DOW-UAP-D48, Department of the Air Force Report, 1996
Agency: Department of War
Incident date: 9/10/96
Page 31
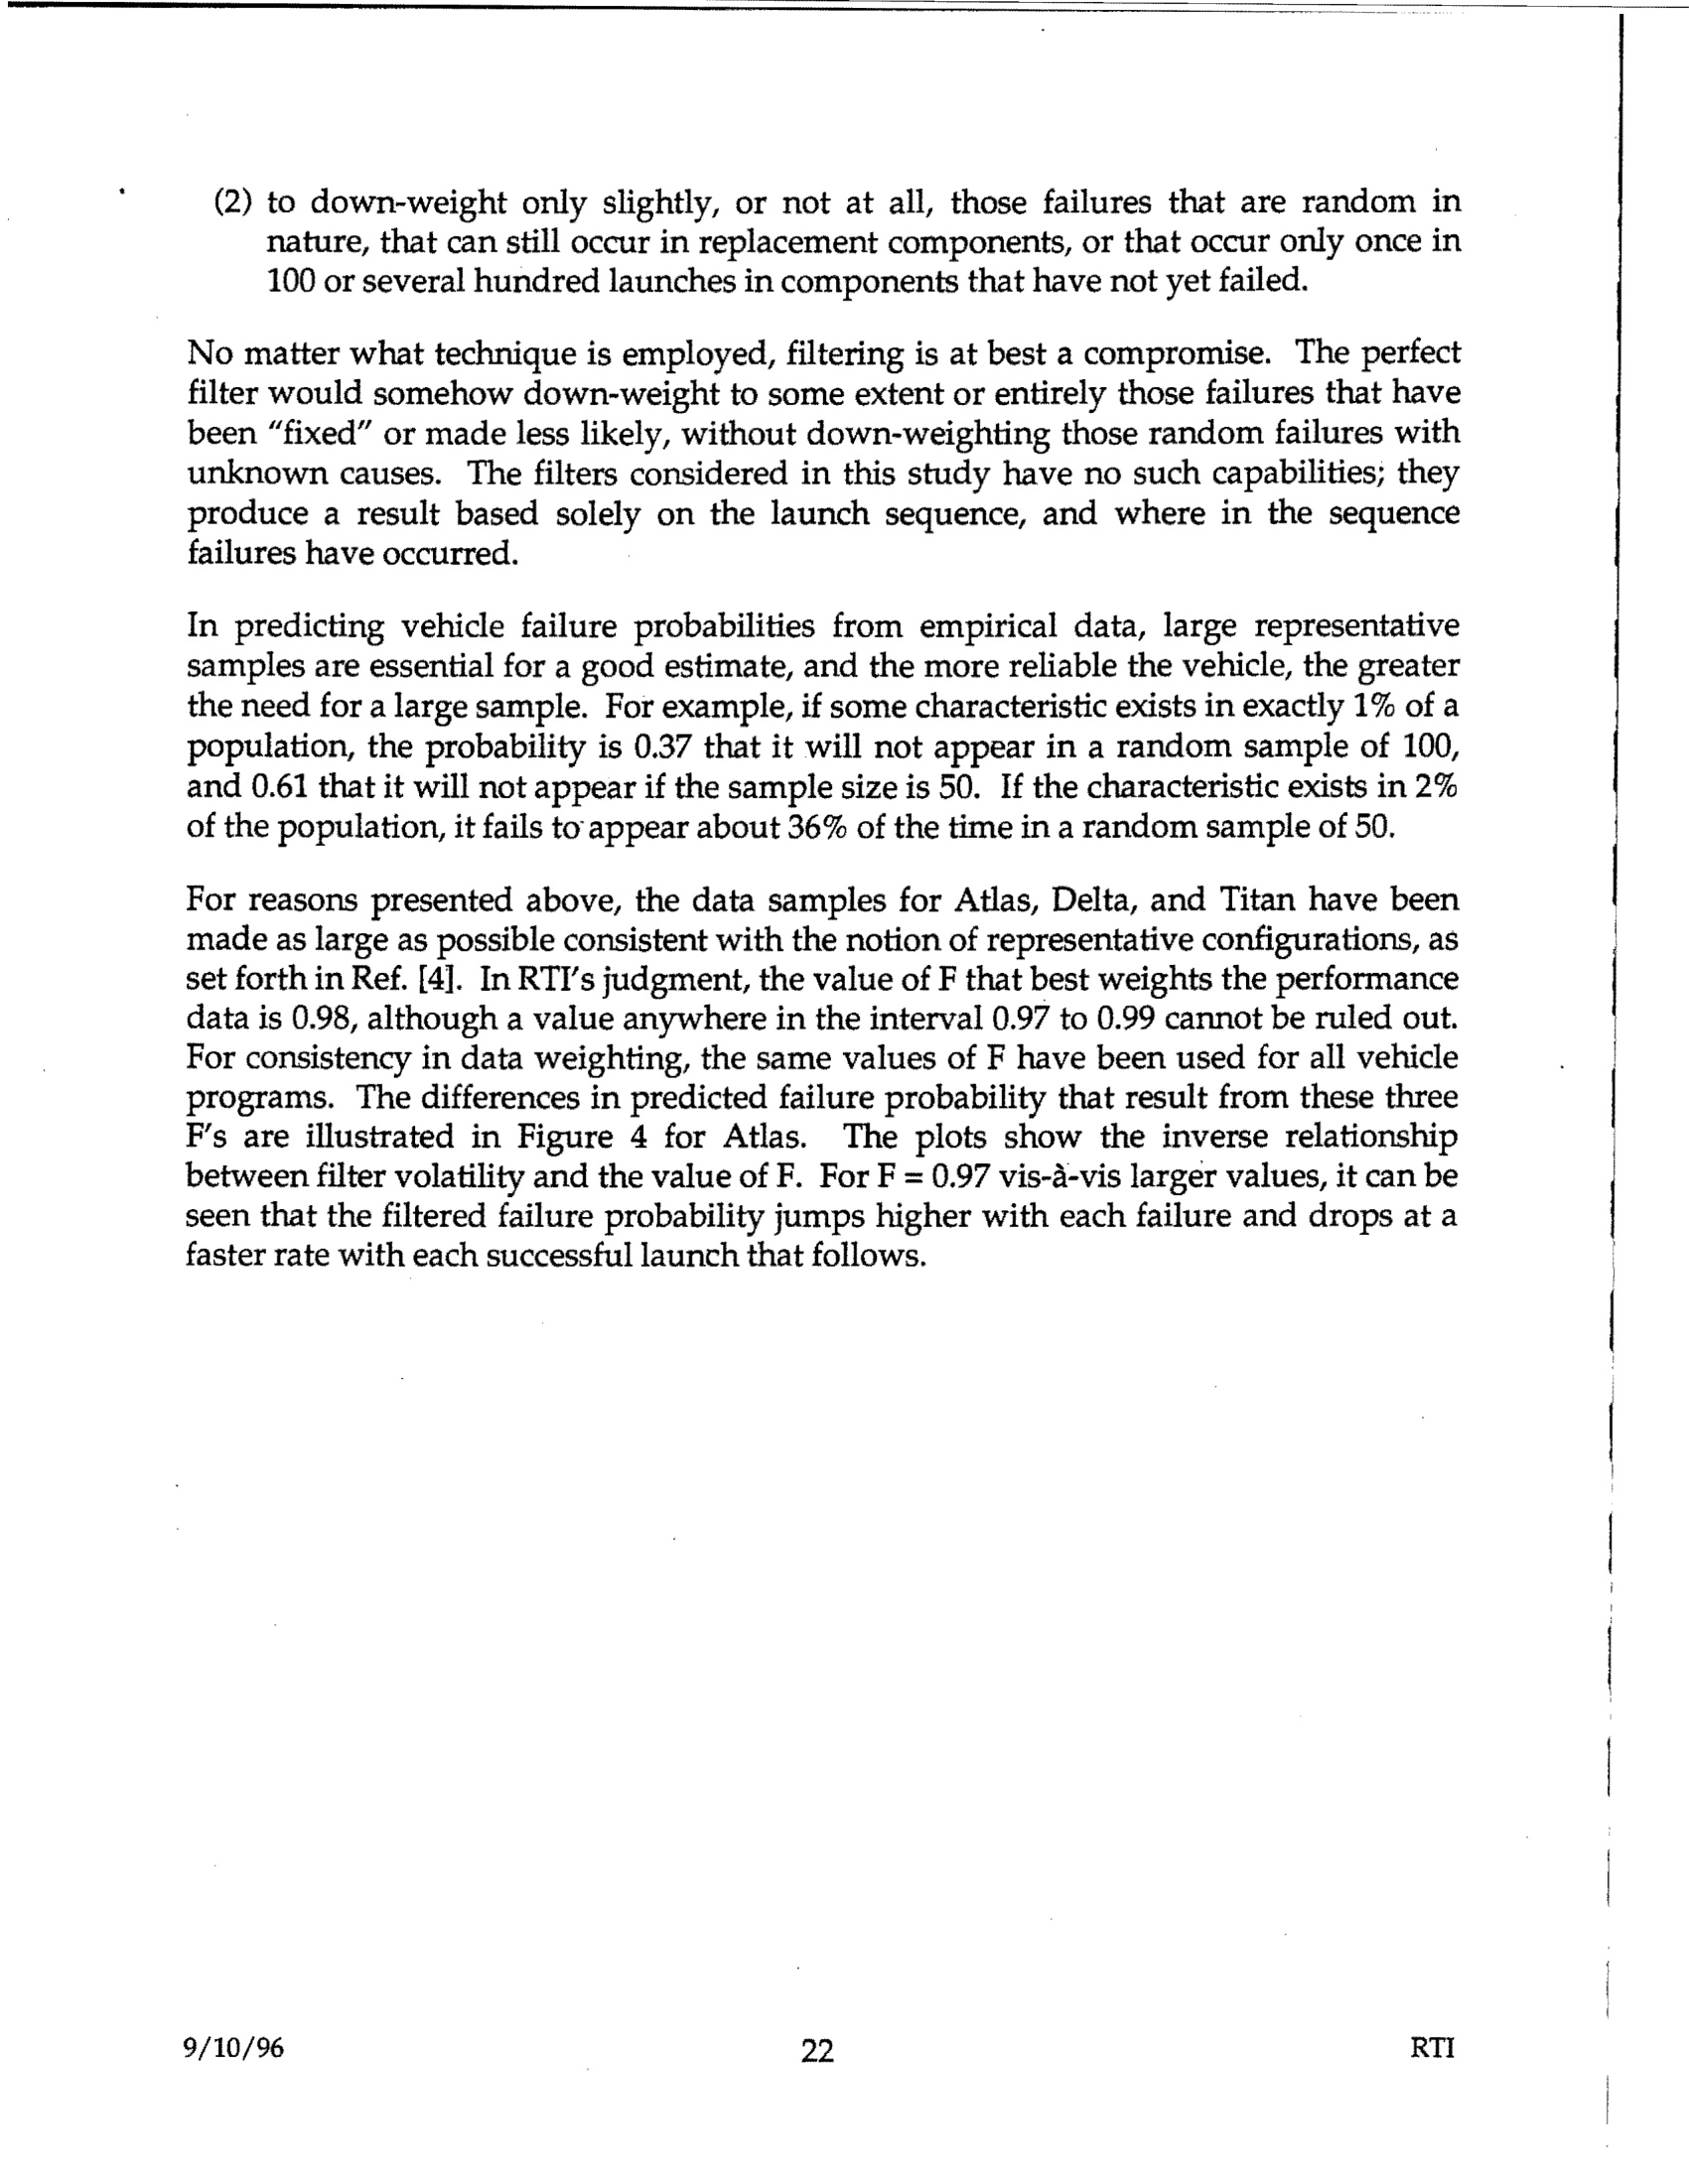